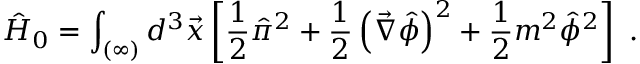
\hat { H } _ { 0 } = \int _ { ( \infty ) } d ^ { 3 } \vec { x } \left[ \frac { 1 } { 2 } \hat { \pi } ^ { 2 } + \frac { 1 } { 2 } \left( \vec { \nabla } \hat { \phi } \right) ^ { 2 } + \frac { 1 } { 2 } m ^ { 2 } \hat { \phi } ^ { 2 } \right] \ .